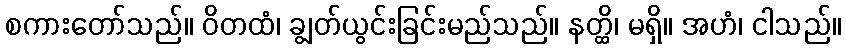
စကားတော်သည်။ ဝိတထံ၊ ချွတ်ယွင်းခြင်းမည်သည်။ နတ္ထိ၊ မရှိ။ အဟံ၊ ငါသည်။